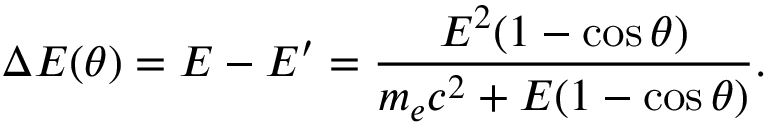
\Delta E ( \theta ) = E - E ^ { \prime } = \frac { E ^ { 2 } ( 1 - \cos \theta ) } { m _ { e } c ^ { 2 } + E ( 1 - \cos \theta ) } .